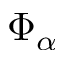
\Phi _ { \alpha }